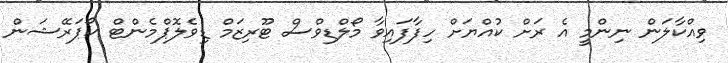
ވިއްކާލަން ނިންމީ އެ ރަށް ކުއްޔަށް ހިފާފައިވާ މޯލްޑިވްސް ޓޫރިޒަމް ޑިވެލޮޕްމެންޓް ކޯޕަރޭޝަން